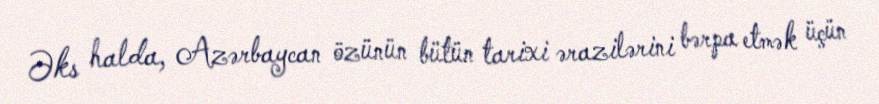
Əks halda, Azərbaycan özünün bütün tarixi ərazilərini bərpa etmək üçün